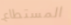
المستطاع